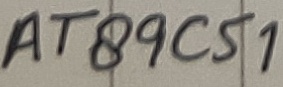
Text: AT89C51